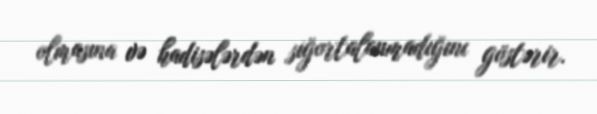
olmasına və hadisələrdən siğortalanmadığını göstərir.